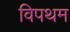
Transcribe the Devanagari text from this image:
विपथम